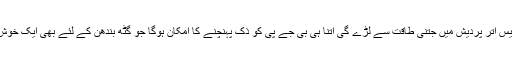
دراصل کانگریس اتر پردیش میں جتنی طاقت سے لڑے گی اتنا ہی بی جے پی کو ذک پہنچنے کا امکان ہوگا جو گٹھ بندھن کے لئے بھی ایک خوش آیند قدم ہوگا ۔